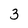
Character: 3